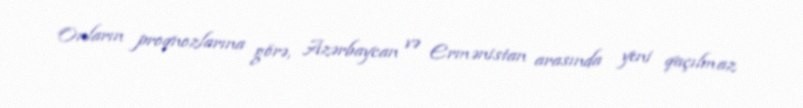
Onların proqnozlarına görə, Azərbaycan və Ermənistan arasında yeni qaçılmaz